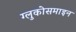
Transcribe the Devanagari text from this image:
ग्लुकोसमाइन